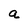
Character: a